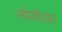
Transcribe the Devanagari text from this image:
स्पेलीरस